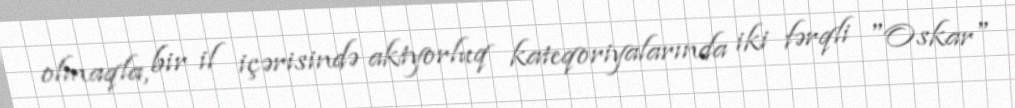
olmaqla, bir il içərisində aktyorluq kateqoriyalarında iki fərqli "Oskar"